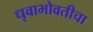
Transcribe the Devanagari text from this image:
धृवाभोवतीचा